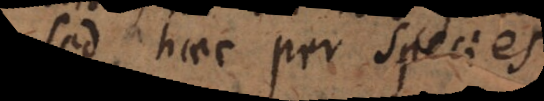
Sed haec per species